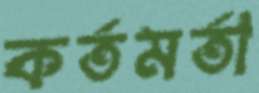
কর্তমর্তা